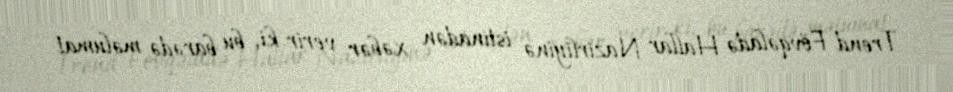
Trend Fövqəladə Hallar Nazirliyinə istinadən xəbər verir ki, bu barədə məlumat